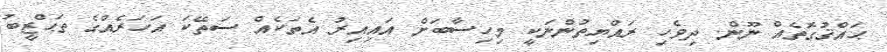
ޙައްޤުގޮތެއް ނޫން. ދިވެހި ރައްޔިތުންނަކީ މިހިސާބަށް އައިއިރު އެތަކެއް ސަތޭކަ އަހަރެއްގެ ތަޙްޒީބު